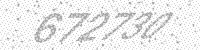
Solution: 672730